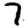
Digit: 7